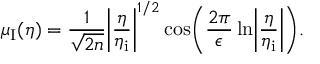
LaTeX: \mu _ { \mathrm { I } } ( \eta ) = \frac { 1 } { \sqrt { 2 n } } \biggl \vert \frac { \eta } { \eta _ { \mathrm { i } } } \biggr \vert ^ { 1 / 2 } \cos \biggl ( \frac { 2 \pi } { \epsilon } \ln \biggl \vert \frac { \eta } { \eta _ { \mathrm { i } } } \biggr \vert \biggr ) .